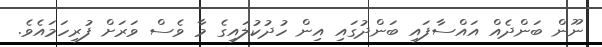
ނޫން ބަންދެއް އައްސާފައި ބަންދުގައި އިން ހުދުކުލައިގެ މާ ވެސް ވަރަށް ފުރިހަމައެވެ.